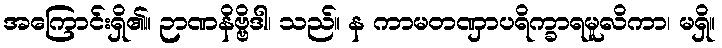
အကြောင်းရှိ၏။ ဉာဏနိဗ္ဗိဒါ၊ သည်။ န ကာမတဏှာပရိက္ခာရမူလိကာ၊ မရှိ။